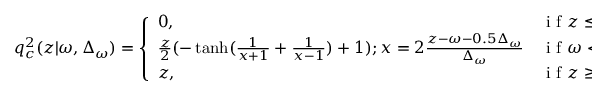
q _ { c } ^ { 2 } ( z | \omega , \Delta _ { \omega } ) = \left\{ \begin{array} { l l } { 0 , } & { \mathrm { ~ i ~ f ~ } z \leq \omega } \\ { \frac { z } { 2 } ( - \operatorname { t a n h } ( \frac { 1 } { x + 1 } + \frac { 1 } { x - 1 } ) + 1 ) ; x = 2 \frac { z - \omega - 0 . 5 \Delta _ { \omega } } { \Delta _ { \omega } } } & { \mathrm { ~ i ~ f ~ } \omega < z < \omega + \Delta _ { \omega } } \\ { z , } & { \mathrm { ~ i ~ f ~ } z \geq \omega + \Delta _ { \omega } } \end{array} \right. \mathrm { ~ , ~ }